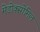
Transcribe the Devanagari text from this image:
मेडोक्सोमिल